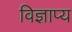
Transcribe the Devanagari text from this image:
विज्ञाप्य